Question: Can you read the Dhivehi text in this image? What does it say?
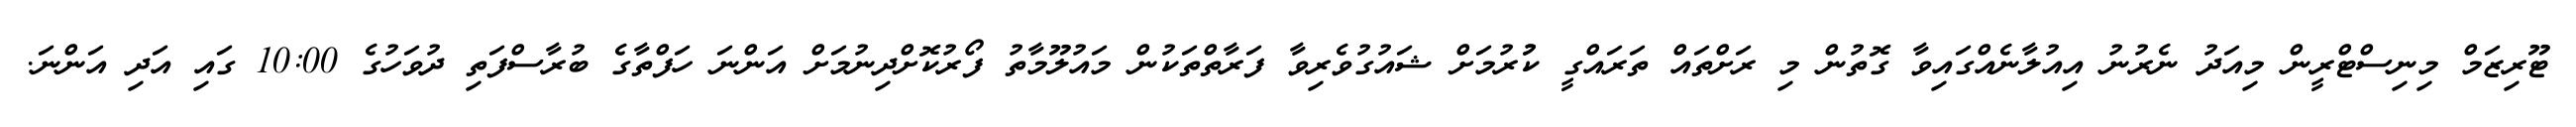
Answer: ޓޫރިޒަމް މިނިސްޓްރީން މިއަދު ނެރުނު އިއުލާނެއްގައިވާ ގޮތުން މި ރަށްތައް ތަރައްގީ ކުުރުމަށް ޝައުގުވެރިވާ ފަރާތްތަކުން މައުލޫމާތު ފޯރުކޮށްދިނުމަށް އަންނަ ހަފްތާގެ ބުރާސްފަތި ދުވަހުގެ 10:00 ގައި އަދި އަންނަ.